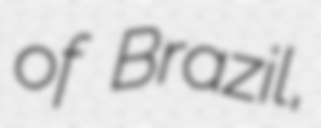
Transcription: of Brazil,